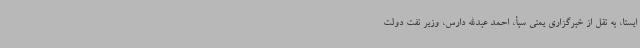
ایسنا، به نقل از خبرگزاری یمنی سبأ، احمد عبدالله دارس، وزیر نفت دولت